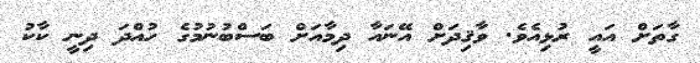
ގާތަށް އައީ ރުޅިއެވެ. ވާޤިދަށް އޭނައާ ދިމާއަށް ބަސްބުނުމުގެ ހުއްދަ ދިނީ ކާކު